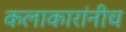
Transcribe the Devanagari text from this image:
कलाकारांनीच